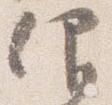
仰